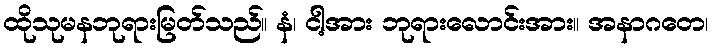
ထိုသုမနဘုရားမြတ်သည်။ နံ၊ ငါ့အား ဘုရားလောင်းအား။ အနာဂတေ၊